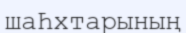
шаҺхтарының